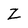
Character: Z